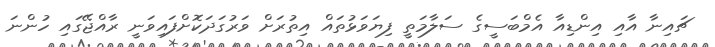
ޗައިނާ އާއި އިންޑިއާ އެމްބަސީގެ ސަލާމަތީ ފިޔަވަޅުތައް އިތުރަށް ވަރުގަދަކޮށްފައިވަނީ ރާއްޖޭގައި ހުންނަ